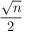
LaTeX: \frac { \sqrt { n } } { 2 }